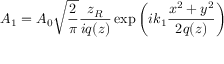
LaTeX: { { A } _ { 1 } } = { { A } _ { 0 } } { \sqrt { \frac { 2 } { \pi } } } { \frac { { z } _ { R } } { i q ( z ) } } \exp \left( i { { k } _ { 1 } } { \frac { { { x } ^ { 2 } } + { { y } ^ { 2 } } } { 2 q ( z ) } } \right)